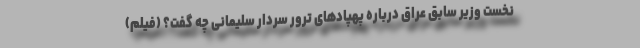
نخست وزیر سابق عراق درباره پهپاد‌های ترور سردار سلیمانی چه گفت؟ (فیلم)